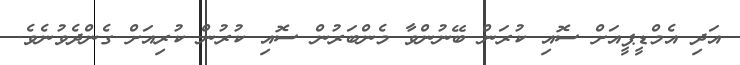
އަދި އެމްޑީޕީއަށް ސޮއި ކުރަން ބޭނުންވާ މެންބަރުން ސޮއި ކުރުން ކުރިއަށް ގެންދެވުނެވެ.